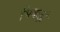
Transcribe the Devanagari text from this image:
भिवाड़ी